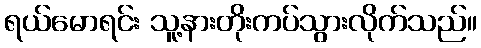
ရယ်မောရင်း သူ့နားတိုးကပ်သွားလိုက်သည်။